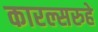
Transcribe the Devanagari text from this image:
कारल्सरुहे